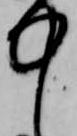
中